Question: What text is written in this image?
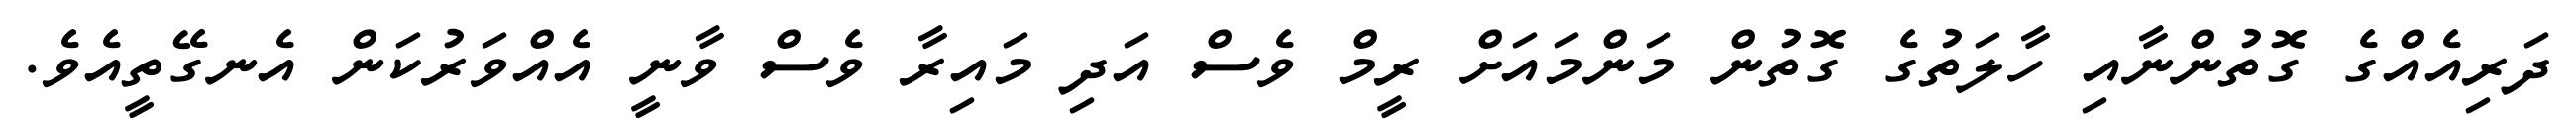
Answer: ދަރިއެއްގެ ގޮތުންނާއި ހާލަތުގެ ގޮތުން މަންމައަށް ރީމް ވެސް އަދި މައިރާ ވެސް ވާނީ އެއްވަރުކަން އެނގޭތީއެވެ.